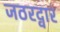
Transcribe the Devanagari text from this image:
जठरद्वार